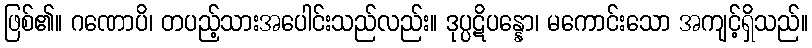
ဖြစ်၏။ ဂဏောပိ၊ တပည့်သားအပေါင်းသည်လည်း။ ဒုပ္ပဋိပန္နော၊ မကောင်းသော အကျင့်ရှိသည်။